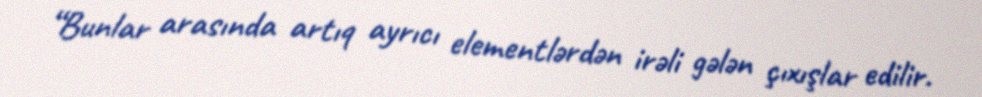
“Bunlar arasında artıq ayrıcı elementlərdən irəli gələn çıxışlar edilir.